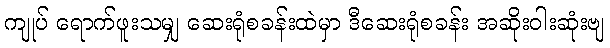
ကျုပ် ရောက်ဖူးသမျှ ဆေးရုံစခန်းထဲမှာ ဒီဆေးရုံစခန်း အဆိုးဝါးဆုံးဗျ